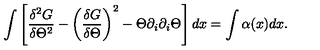
\int \left[ { \frac { \delta ^ { 2 } G } { \delta \Theta ^ { 2 } } } - \left( { \frac { \delta G } { \delta \Theta } } \right) ^ { 2 } - \Theta \partial _ { i } \partial _ { i } \Theta \right] d x = \int \alpha ( x ) d x .